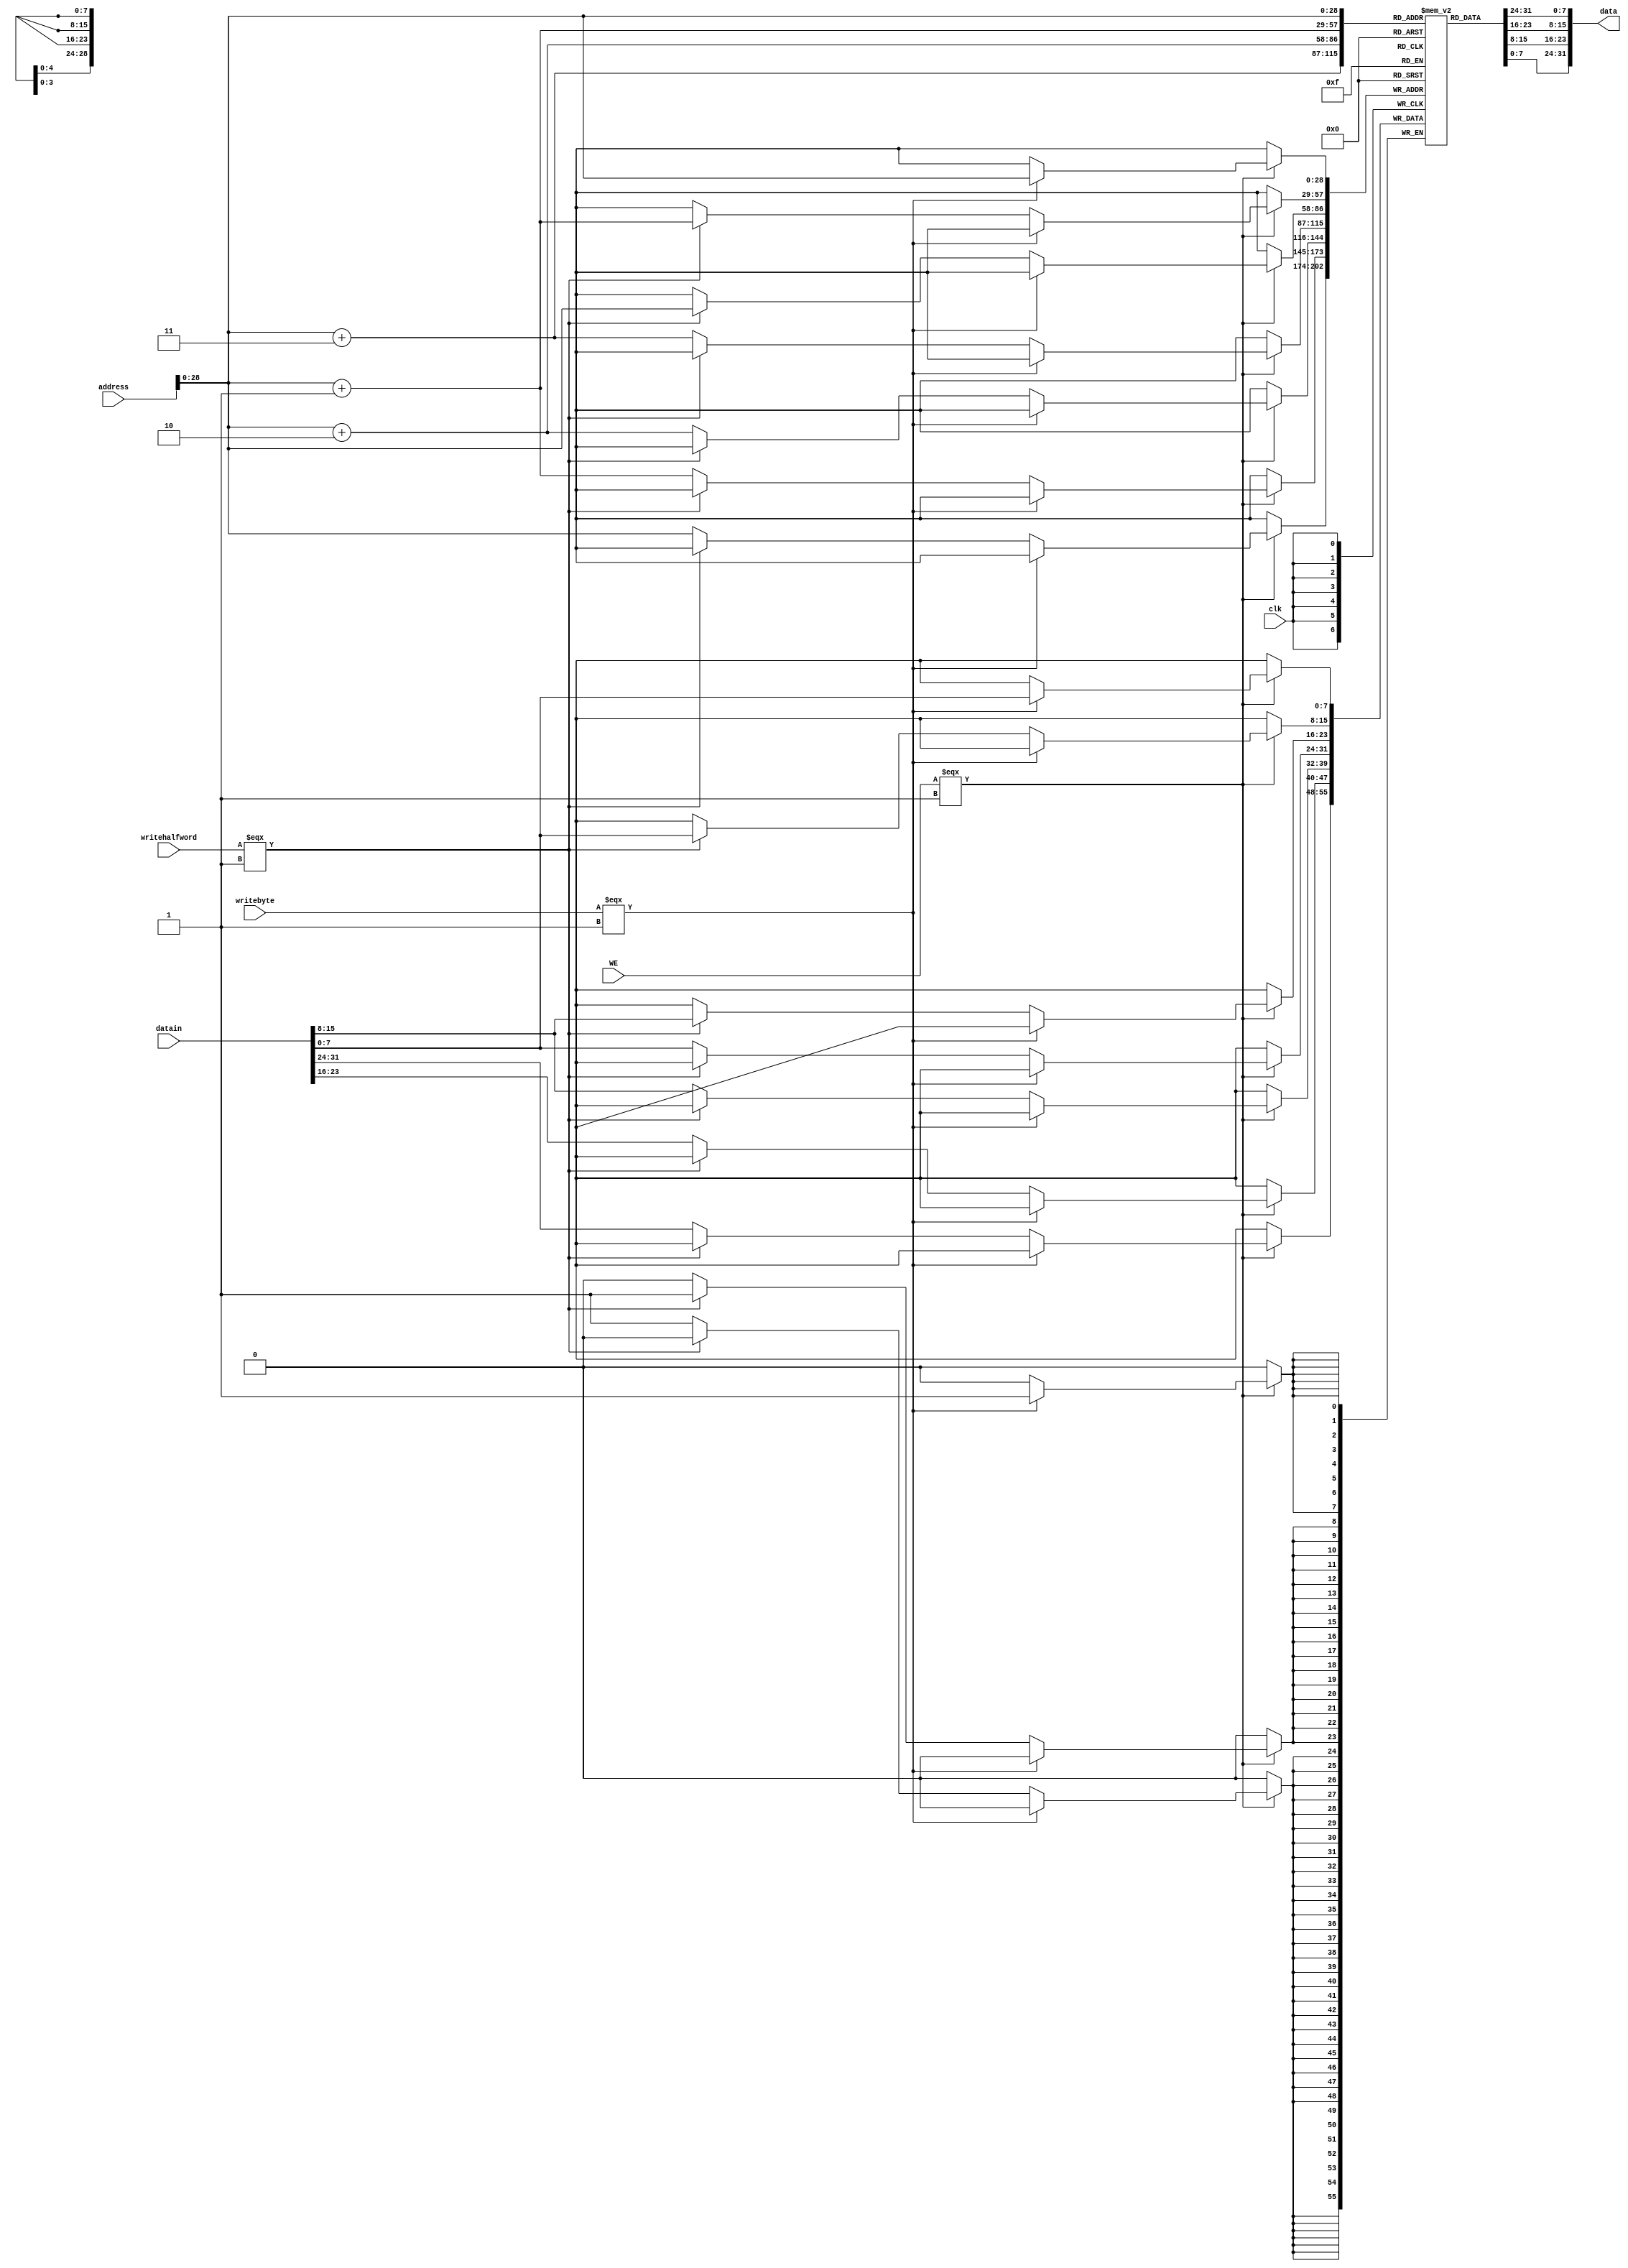
// Module name: datamem
// Module Desc: data memory for single-cycle 32-bit RISC system
// Inputs: 	address - 32-bit address 
//			datain -
//			WE - 
//			clk -
//			writebyte -
//			writehalfword - 
// Outputs: data - 32-bit data located at memory address specified by addr, provided asynchronously
// Internal parameters:
//		STARTADDR - 32-bit starting address for the memory
//		LENGTH - number of bytes in the memory
// Notes: As RISC instruction memory, only addresses evenly divisible by 4 are expected. The module
// will truncate the lower to bits and only provide instructions that are aligned.

module datamem(
address,		// 32-bit memory address
datain,			// 32-bit memory contents
WE,				// Write enable
clk,			// clock, positive transition causes data write when WE = 1
writebyte, 		// write only a byte 
writehalfword, 	// write only a halfword
data			// 32-bit output
);
parameter STARTADDR = 32'h1000_0000;
parameter LENGTH = 32'h0000_1000;

input [31:0] address, datain;
input WE, clk, writebyte, writehalfword;
output [31:0] data;
wire [31:0] address, datain;
wire [31:0] data;
wire WE, clk, writebyte, writehalfword;

reg [7:0] memory[STARTADDR:STARTADDR+LENGTH -1];

assign	data = {memory[address],memory[address+1],memory[address+2],memory[address+3]};  // truncate so that address is 4-byte aligned

always @(posedge clk)
begin
	if (WE === 1) begin
		if (writebyte === 1) begin
			memory[address] = datain[7:0];
		end else if (writehalfword === 1) begin
			{memory[address],memory[address+1]} = datain[15:0];
		end else begin
			{memory[address],memory[address+1],memory[address+2],memory[address+3]} = datain;
		end
	end
end

endmodule